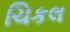
ચિકલ